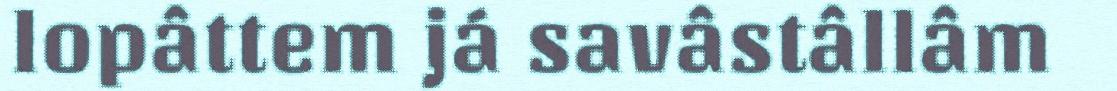
lopâttem já savâstâllâm